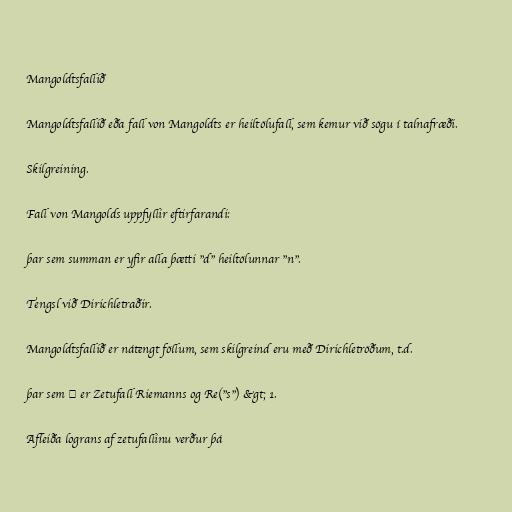
Mangoldtsfallið

Mangoldtsfallið eða fall von Mangoldts er heiltölufall, sem kemur við sögu í talnafræði.

Skilgreining.

Fall von Mangolds uppfyllir eftirfarandi:

þar sem summan er yfir alla þætti "d" heiltölunnar "n".

Tengsl við Dirichletraðir.

Mangoldtsfallið er nátengt föllum, sem skilgreind eru með Dirichletröðum, t.d.

þar sem ζ er Zetufall Riemanns og Re("s") &gt; 1.

Afleiða lograns af zetufallinu verður þá